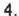
4.